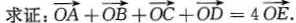
求证：$$\overrightarrow{OA}+\overrightarrow{OB}+\overrightarrow{OC}+\overrightarrow {OD}=4\overrightarrow {OE}$$.